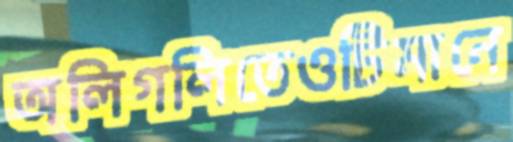
অলিগলিতেওটিমানে